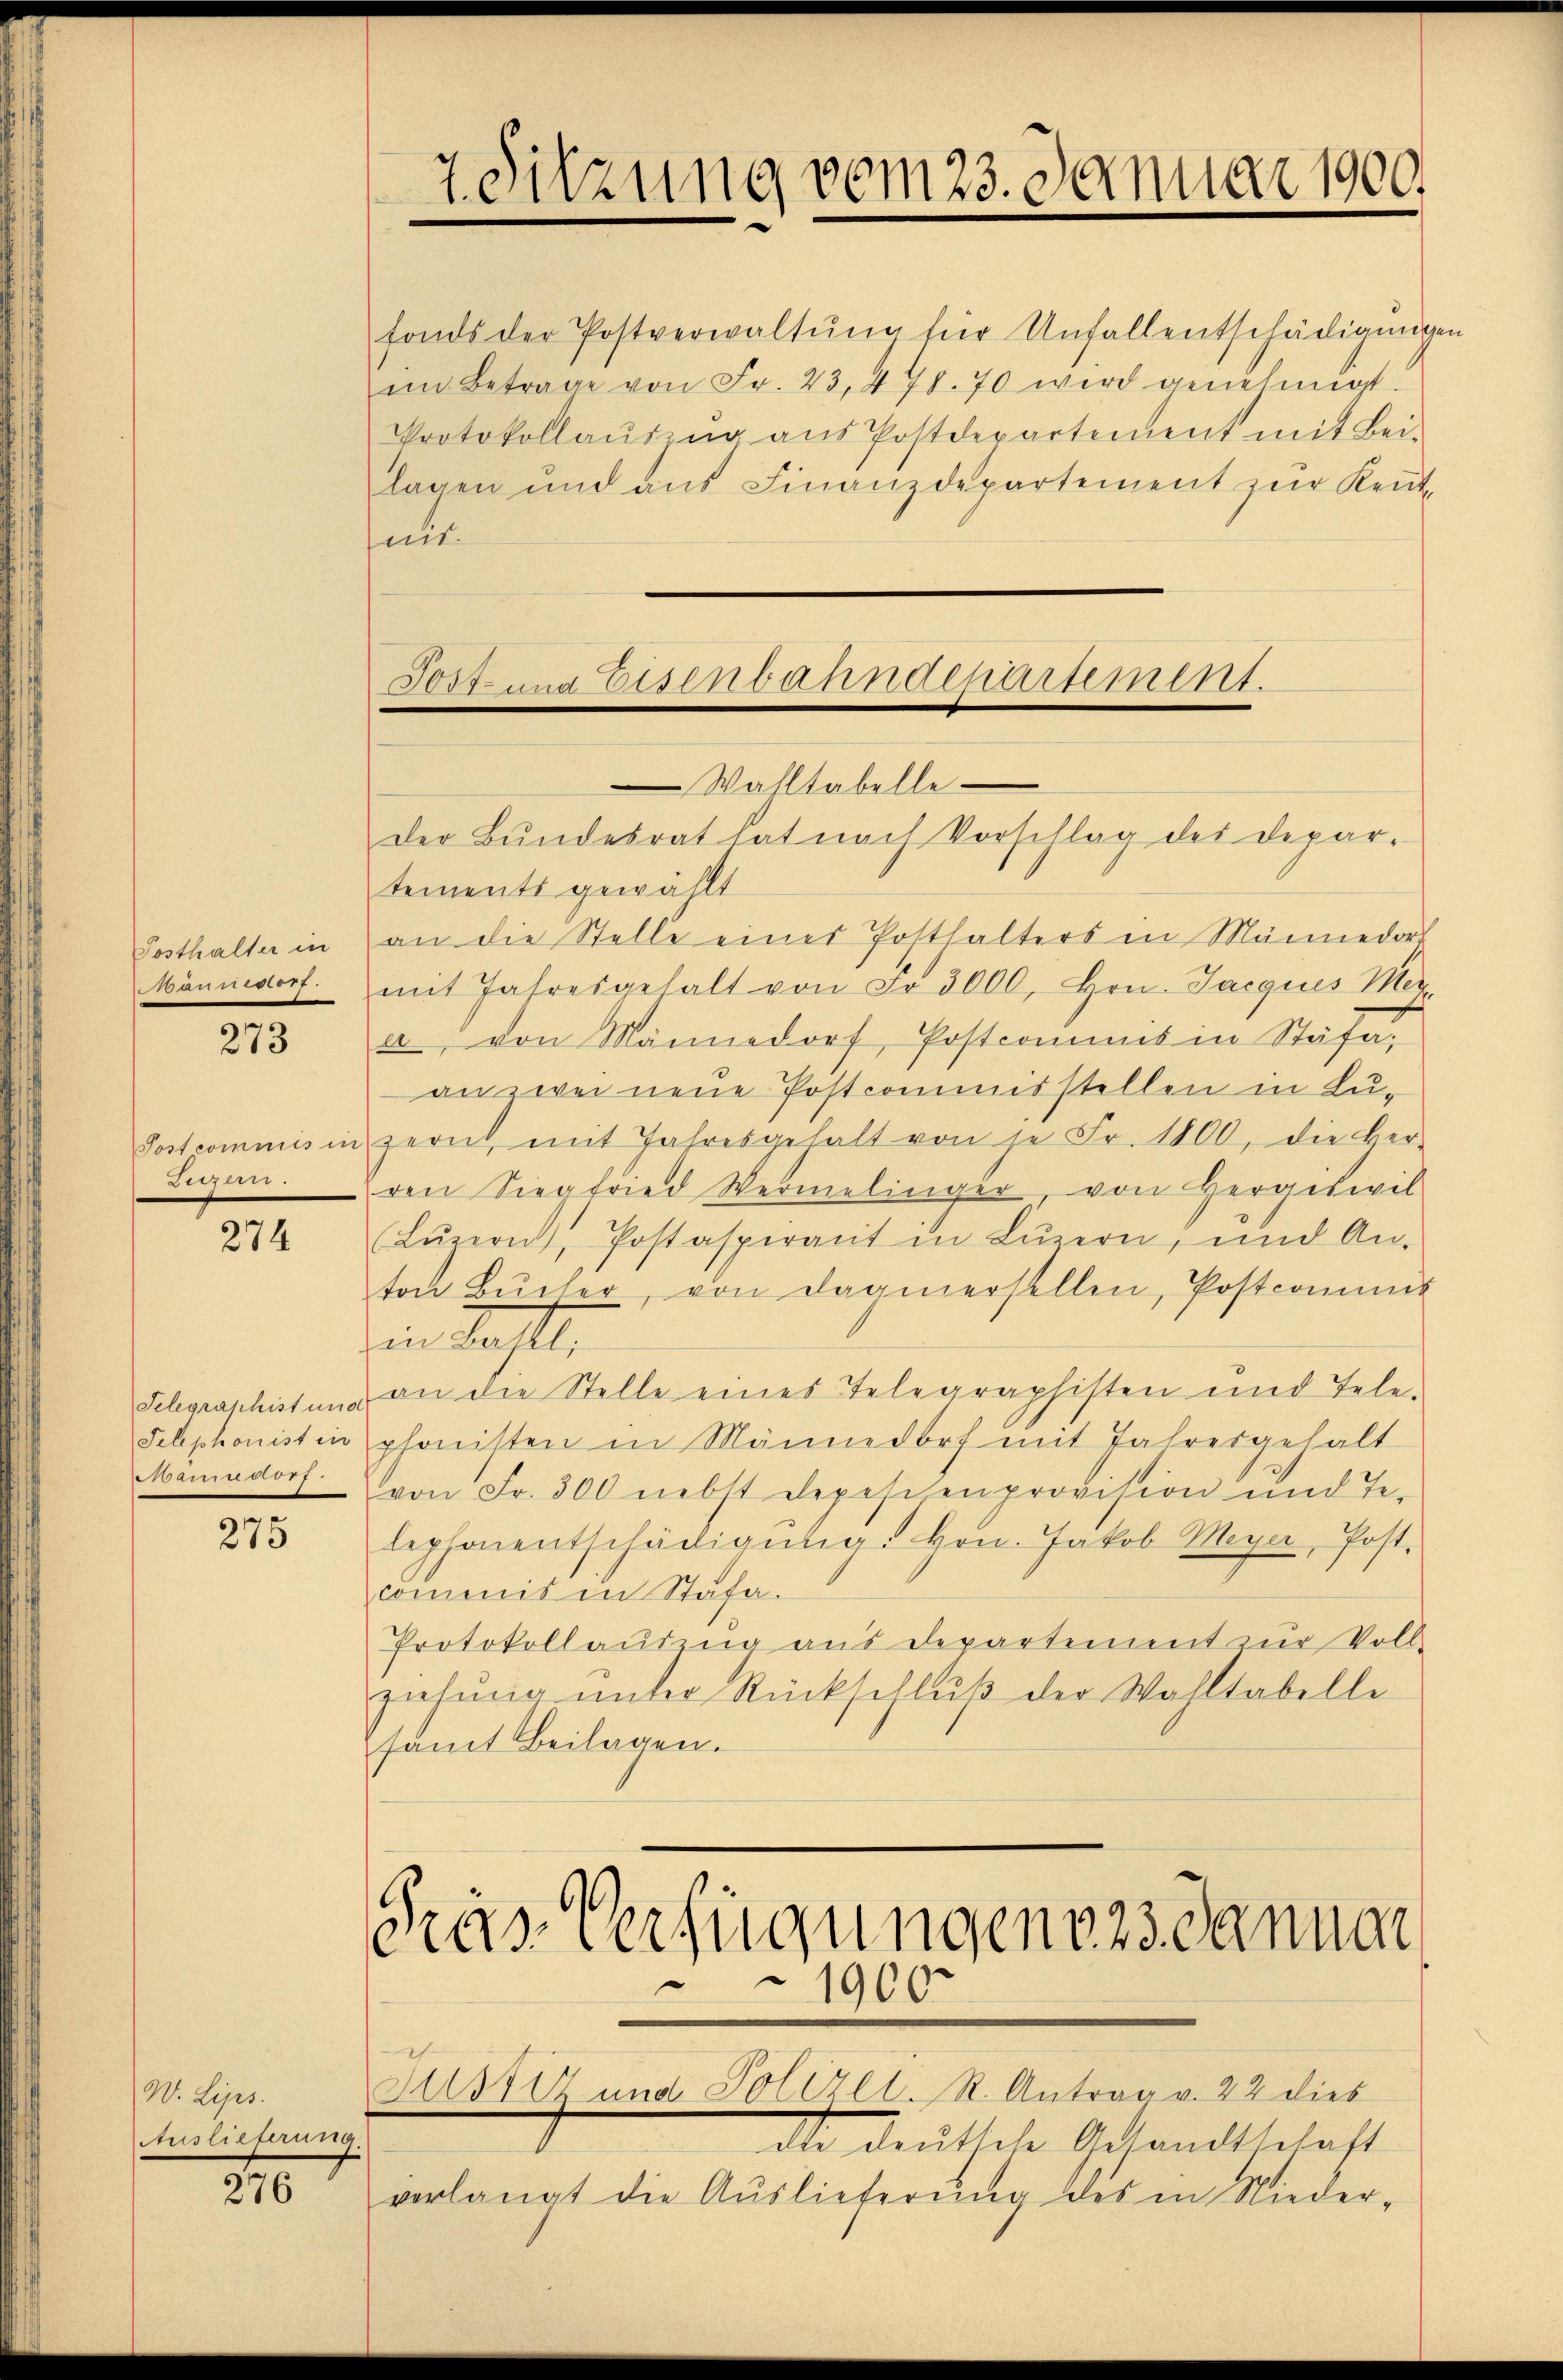
Posthalter in
Mann warf.

273

Post commis in
Luzern.

274

Telegraphist und
Telephonist in
anno 17

275

W. Lips.
Auslieferung.

276

sent.

7. Sitzung vom 23. Januar 1900.

Post und Eisenbahndepartement.
Wahltabelle
Der Bundesrat hat nach Vorschlag der Depar-

Fräs Verfügungenoss danner
1900

fonds der Postverwaltŭng für Unfallentschädigungen
im Betrage von Fr. 23, 478. 70 wird genehmigt.
Protokollaŭszŭg aŭs Postdepartement mit Bei-
lagen und aus Finanzdepartement zur Reut¬

tements gewählt
an die Stelle eines Posthalters in Männedorf
mit Jahresgehalt von Fr. 3000, Hrn. Jacques Mer-
a, von Männedorf, Postcommis in Stäfa.
an zwei neue Postcommisstellen in Luzern mit Jahresgehalt von je Fr. 1800, die ver-
ven Siegfried Vermelinger von Hergiswil
Lŭzern, Postasperant in Lŭzern, und An-
ton Bŭcher, von dagenersellen, Postcommis
in hatte.
an die Stelle eines Telegraphisten und Tele-
phonisten in Männedorf mit Jahresgehalt
von Fr. 300 nebst depesienprovision und Te-
lephonentschädigŭtig. Hrn. Jakob Meyer, Post.
commis in Stafa.
Protokollaŭszŭg aŭs departement zŭr Voll-
ziehŭng ŭnter Rückschlŭβ der Wahltabelle
samt Beilagen.

Justiz und Polizei. R. Antrag v. 22 dies
dte deutsche Gesandtschaft
verlangt die Auslieferung des in Nieder-